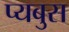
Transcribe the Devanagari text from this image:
प्यबुस